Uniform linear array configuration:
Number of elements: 24
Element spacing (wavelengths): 1
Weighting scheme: hamming
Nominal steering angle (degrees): -15
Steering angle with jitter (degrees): -15.918
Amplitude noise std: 0.05
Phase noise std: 0.05

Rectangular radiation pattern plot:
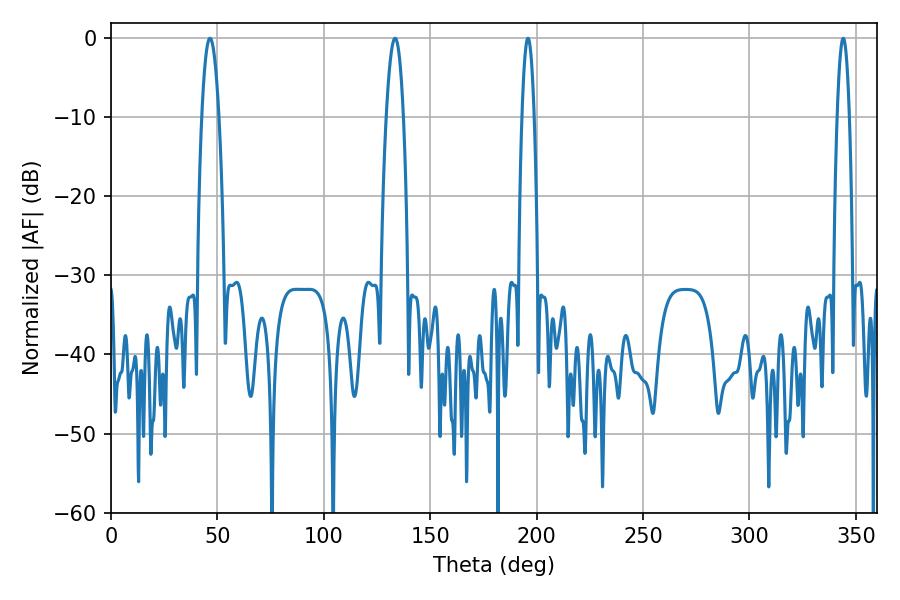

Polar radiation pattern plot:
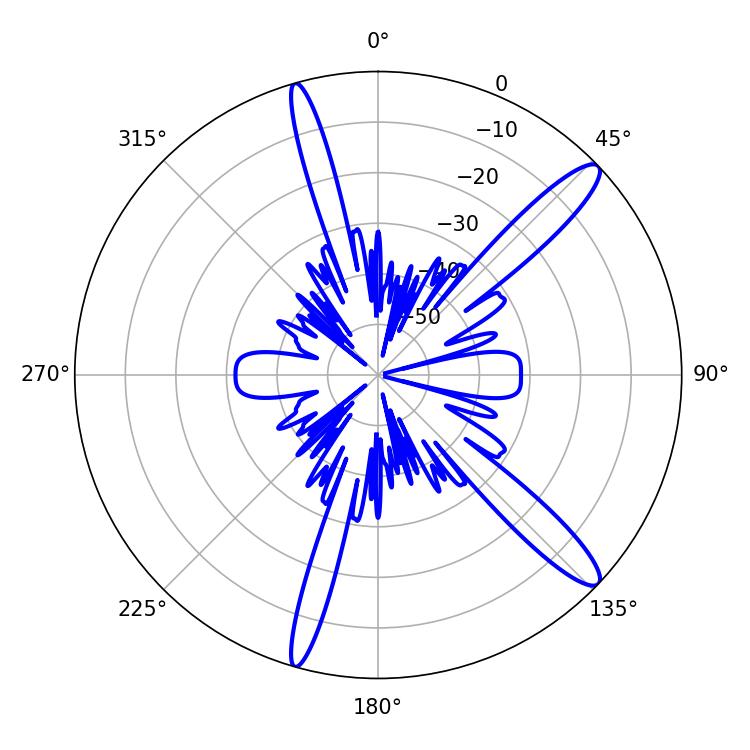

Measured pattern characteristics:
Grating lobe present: TRUE
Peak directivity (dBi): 13.501
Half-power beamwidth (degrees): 4.5
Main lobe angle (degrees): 46.44